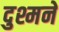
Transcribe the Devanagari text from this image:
दुश्मने